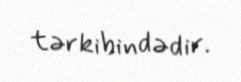
tərkibindədir.